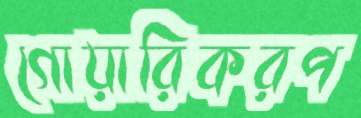
গোয়ারিকরপ